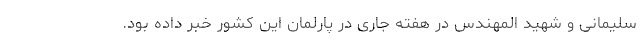
سلیمانی و شهید المهندس در هفته جاری در پارلمان این کشور خبر داده بود.